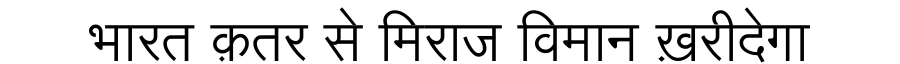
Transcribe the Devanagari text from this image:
भारत क़तर से मिराज विमान ख़रीदेगा